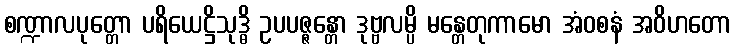
စဏ္ဍာလပုတ္တော ပရိယေဋ္ဌိသုဒ္ဓိ ဥပပဇ္ဇန္တော ဒုဗ္ဗလမ္ပိ မန္တေတုကာမော အံဝစနံ အဝိဟတော